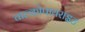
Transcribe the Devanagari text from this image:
चाल्कोपायराइट